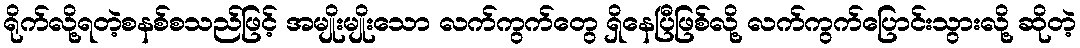
ရိုက်လို့ရတဲ့စနစ်စသည်ဖြင့် အမျိုးမျိုးသော လက်ကွက်တွေ ရှိနေပြီဖြစ်လို့ လက်ကွက်ပြောင်းသွားလို့ ဆိုတဲ့